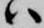
ハ